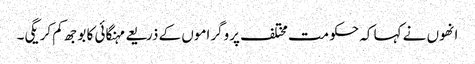
انھوں نے کہا کہ حکومت مختلف پروگراموں کے ذریعے مہنگائی کا بوجھ کم کریگی۔